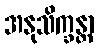
အနုသိက္ခန္တာ